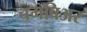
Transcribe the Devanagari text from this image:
चमबिअर